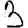
Digit: 3